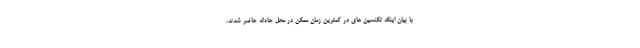
با بیان اینکه تکنسین های در کمترین زمان ممکن در محل حادثه حاضر شدند،